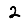
Digit: 2